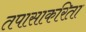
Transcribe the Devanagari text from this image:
तपासाकरिता